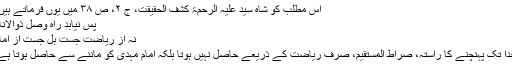
اس مطلب کو شاہ سید علیہ الرحمۃ کشف الحقیقت، ج ۲، ص ۳۸ میں یوں فرماتے ہیں:
پس نیابد راہ وصل ذوالانام
نہ از ریاضت جست بل جست از امام
خدا تک پہنچنے کا راستہ، صراط المستقیم، صرف ریاضت کے ذریعے حاصل نہیں ہوتا بلکہ امام مہدیؑ کو ماننے سے حاصل ہوتا ہے۔